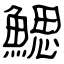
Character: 鰓